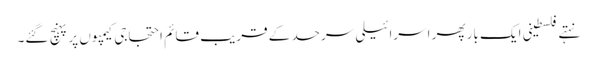
نہتے فلسطینی ایک بار پھر اسرائیلی سرحد کے قریب قائم احتجاجی کیمپوں پر پہنچ گئے۔